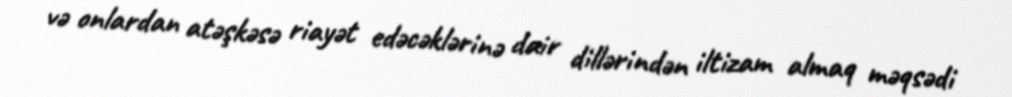
və onlardan atəşkəsə riayət edəcəklərinə dair dillərindən iltizam almaq məqsədi